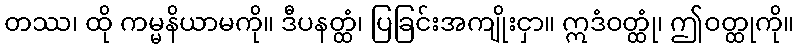
တဿ၊ ထို ကမ္မနိယာမကို။ ဒီပနတ္ထံ၊ ပြခြင်းအကျိုးငှာ။ ဣဒံဝတ္ထုံ၊ ဤဝတ္ထုကို။